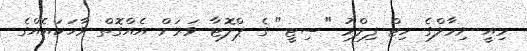
މިއީ ނިމާލްގެ ހިޓް ފިލްމު "ސިޓީ" ގެ ޕްލޮޓާ ވަރަށް އެއްގޮތް ވާހަކައެއްގެ